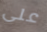
على